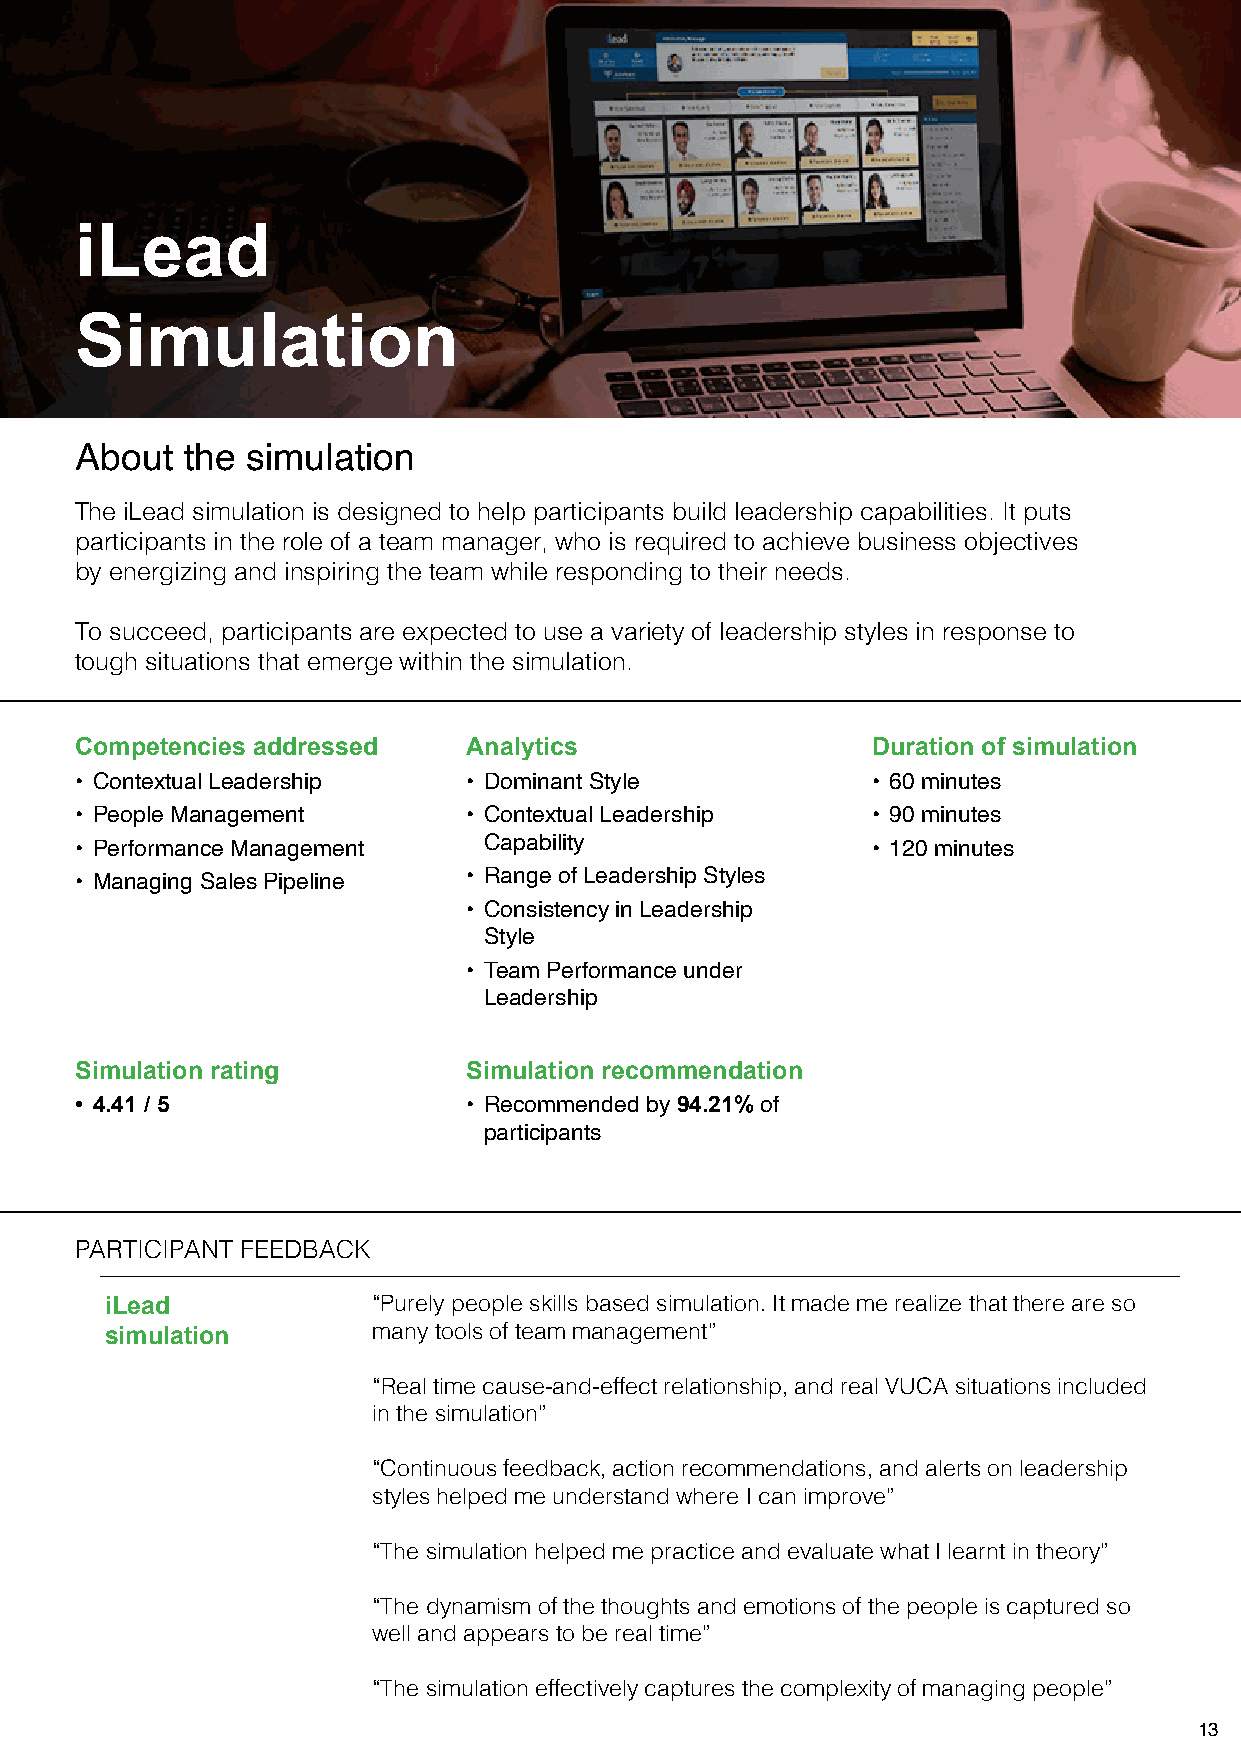
iLead
 Simulation
 About  the simulation
 The iLead simulation is designed to help participants build leadership capabilities. It puts
 participants in the role of a team manager, who is required to achieve business objectives
 by energizing and inspiring the team while responding to their needs.
 To succeed, participants are expected to use a variety of leadership styles in response to
 tough situations that emerge within the simulation.
 Competencies addressed    Analytics                  Duration of simulation
 • Contextual Leadership   • Dominant Style           • 60 minutes
 • People Management       • Contextual Leadership    • 90 minutes
 • Performance Management   Capability                • 120 minutes
 • Managing Sales Pipeline • Range of Leadership Styles
 • Consistency in Leadership
 Style
 • Team Performance under
 Leadership
 Simulation rating         Simulation recommendation
 • 4.41 / 5                • Recommended by 94.21% of
 participants
 PARTICIPANT FEEDBACK
 iLead             “Purely people skills based simulation. It made me realize that there are so
 simulation        many tools of team management”
 “Real time cause-and-effect relationship, and real VUCA situations included
 in the simulation”
 “Continuous feedback, action recommendations, and alerts on leadership
 styles helped me understand where I can improve”
 “The simulation helped me practice and evaluate what I learnt in theory”
 “The dynamism of the thoughts and emotions of the people is captured so
 well and appears to be real time”
 “The simulation effectively captures the complexity of managing people”
 12                                                                             13